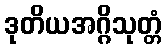
ဒုတိယအဂ္ဂိသုတ္တံ